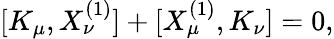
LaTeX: [K_{\mu},X_{\nu}^{(1)}]+[X_{\mu}^{(1)},K_{\nu}]=0,